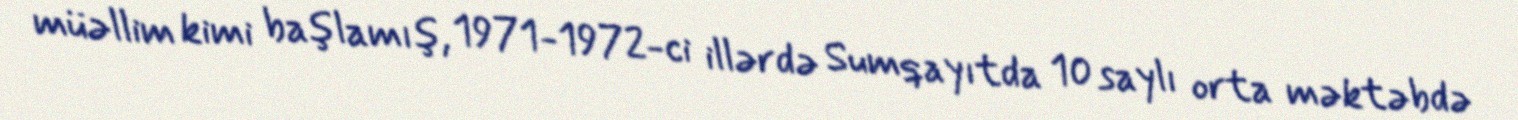
müəllim kimi başlamış, 1971-1972-ci illərdə Sumqayıtda 10 saylı orta məktəbdə